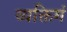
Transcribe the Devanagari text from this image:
व्यक्तिगं